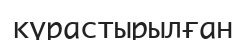
күрастырылған